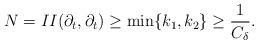
LaTeX: \begin{align*}N=II(\partial_t,\partial_t)\ge \min\{k_1,k_2\}\ge \frac 1{C_\delta}.\end{align*}